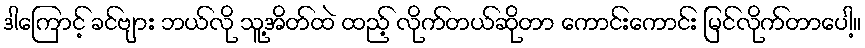
ဒါကြောင့် ခင်ဗျား ဘယ်လို သူ့အိတ်ထဲ ထည့် လိုက်တယ်ဆိုတာ ကောင်းကောင်း မြင်လိုက်တာပေါ့။